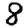
Digit: 8